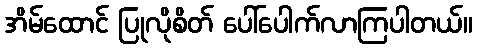
အိမ်ထောင် ပြုလိုစိတ် ပေါ်ပေါက်လာကြပါတယ်။